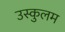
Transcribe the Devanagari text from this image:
उस्कुलम